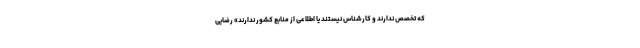
که تخصص ندارند و کارشناس نیستند یا اطلاعی از منابع کشور ندارند» رضایی